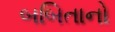
બબિતાનો